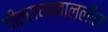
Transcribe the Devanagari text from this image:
गीतराघवबाललीलः